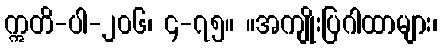
ဣတိ-ပါ-၂၀၆၊ ၄-၇၅။ ။အကျိုးပြဂါထာများ၊